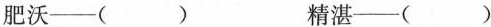
肥沃—() 精湛—()